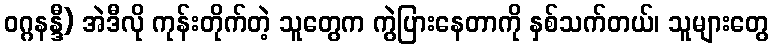
ဝဂ္ဂနန္ဒီ) အဲဒီလို ကုန်းတိုက်တဲ့ သူတွေက ကွဲပြားနေတာကို နှစ်သက်တယ်၊ သူများတွေ